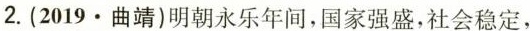
2.(2019·曲靖)明朝永乐年间，国家强盛，社会稳定，